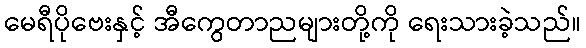
မေရီပိုဗေးနှင့် အီကွေတာညများတို့ကို ရေးသားခဲ့သည်။